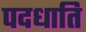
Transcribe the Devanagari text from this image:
पदधाति